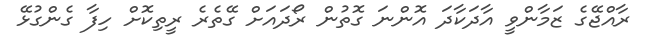
ރާއްޖޭގެ ޒަމާންވީ އާދަކާދަ އޮންނަ ގޮތުން ރޯދައަށް ގޭތެރެ ރީތިކޮށް ހިފާ ގެންގުޅޭ